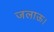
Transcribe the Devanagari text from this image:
जलाऊ।